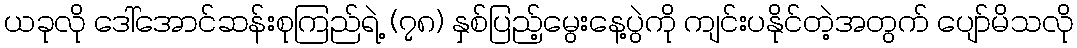
ယခုလို ဒေါ်အောင်ဆန်းစုကြည်ရဲ့ (၇၈) နှစ်ပြည့်မွေးနေ့ပွဲကို ကျင်းပနိုင်တဲ့အတွက် ပျော်မိသလို